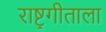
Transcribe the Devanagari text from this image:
राष्ट्रगीताला